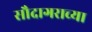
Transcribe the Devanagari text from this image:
सौदागराच्या